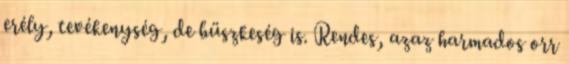
erély, tevékenység, de büszkeség is. Rendes, azaz harmados orr